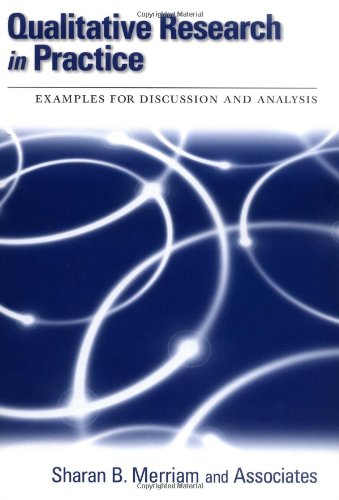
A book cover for Qualitative Research in Practice: Examples for Discussion and Analysis; Science & Math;